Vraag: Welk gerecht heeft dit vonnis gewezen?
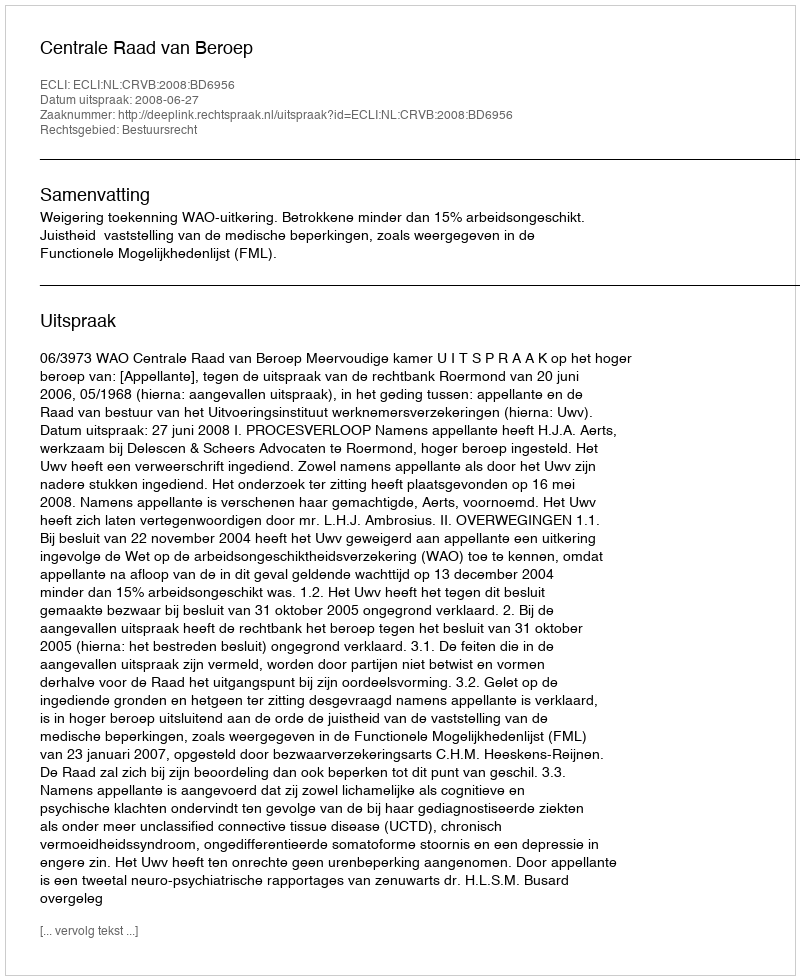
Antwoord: Centrale Raad van Beroep